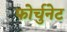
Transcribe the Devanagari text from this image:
फोर्चुनेट